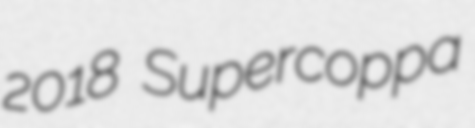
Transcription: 2018 Supercoppa